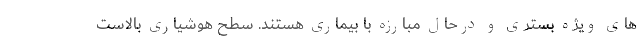
های ویژه بستری و درحال مبارزه با بیماری هستند. سطح هوشیاری بالاست